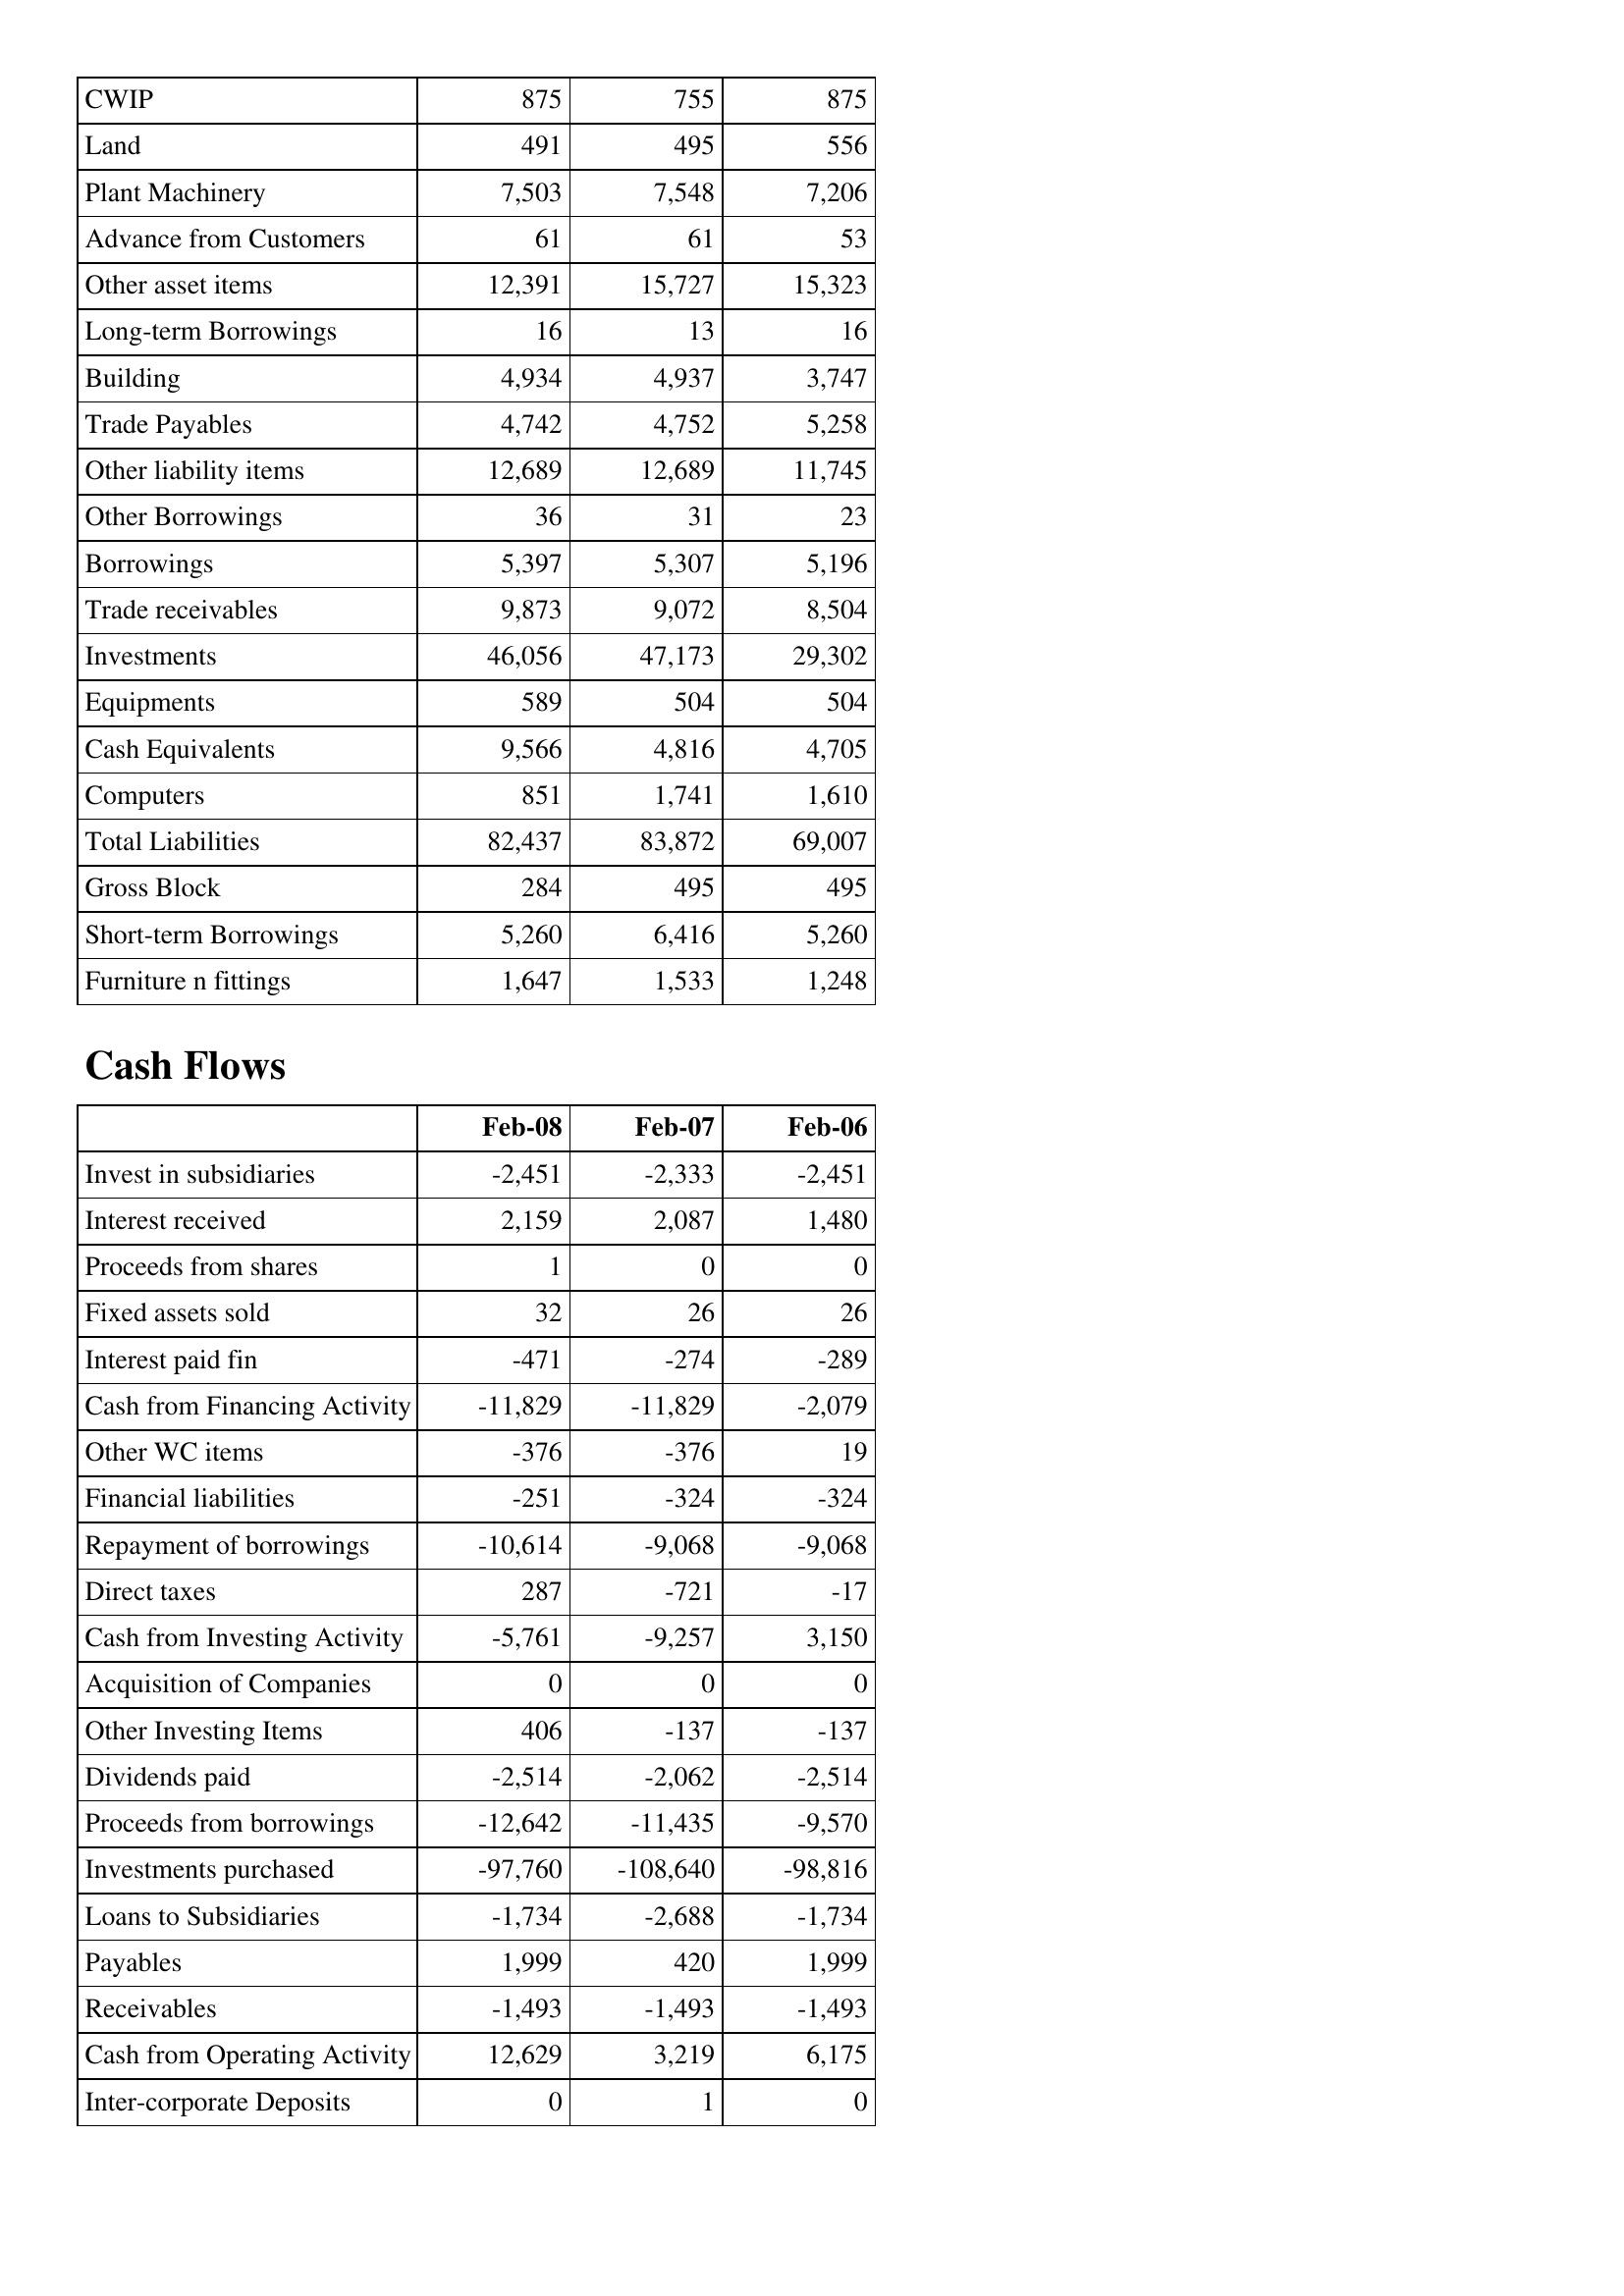
Feb-08: Balance Sheet: CWIP: 875
Land: 491
Plant Machinery: 7,503
Advance from Customers: 61
Other asset items: 12,391
Long-term Borrowings: 16
Building: 4,934
Trade Payables: 4,742
Other liability items: 12,689
Other Borrowings: 36
Borrowings: 5,397
Trade receivables: 9,873
Investments: 46,056
Equipments: 589
Cash Equivalents: 9,566
Computers: 851
Total Liabilities: 82,437
Gross Block: 284
Short-term Borrowings: 5,260
Furniture n fittings: 1,647
Cash Flows: Invest in subsidiaries: -2,451
Interest received: 2,159
Proceeds from shares: 1
Fixed assets sold: 32
Interest paid fin: -471
Cash from Financing Activity: -11,829
Other WC items: -376
Financial liabilities: -251
Repayment of borrowings: -10,614
Direct taxes: 287
Cash from Investing Activity: -5,761
Acquisition of Companies: 0
Other Investing Items: 406
Dividends paid: -2,514
Proceeds from borrowings: -12,642
Investments purchased: -97,760
Loans to Subsidiaries: -1,734
Payables: 1,999
Receivables: -1,493
Cash from Operating Activity: 12,629
Inter-corporate Deposits: 0
Feb-07: Balance Sheet: CWIP: 755
Land: 495
Plant Machinery: 7,548
Advance from Customers: 61
Other asset items: 15,727
Long-term Borrowings: 13
Building: 4,937
Trade Payables: 4,752
Other liability items: 12,689
Other Borrowings: 31
Borrowings: 5,307
Trade receivables: 9,072
Investments: 47,173
Equipments: 504
Cash Equivalents: 4,816
Computers: 1,741
Total Liabilities: 83,872
Gross Block: 495
Short-term Borrowings: 6,416
Furniture n fittings: 1,533
Cash Flows: Invest in subsidiaries: -2,333
Interest received: 2,087
Proceeds from shares: 0
Fixed assets sold: 26
Interest paid fin: -274
Cash from Financing Activity: -11,829
Other WC items: -376
Financial liabilities: -324
Repayment of borrowings: -9,068
Direct taxes: -721
Cash from Investing Activity: -9,257
Acquisition of Companies: 0
Other Investing Items: -137
Dividends paid: -2,062
Proceeds from borrowings: -11,435
Investments purchased: -108,640
Loans to Subsidiaries: -2,688
Payables: 420
Receivables: -1,493
Cash from Operating Activity: 3,219
Inter-corporate Deposits: 1
Feb-06: Balance Sheet: CWIP: 875
Land: 556
Plant Machinery: 7,206
Advance from Customers: 53
Other asset items: 15,323
Long-term Borrowings: 16
Building: 3,747
Trade Payables: 5,258
Other liability items: 11,745
Other Borrowings: 23
Borrowings: 5,196
Trade receivables: 8,504
Investments: 29,302
Equipments: 504
Cash Equivalents: 4,705
Computers: 1,610
Total Liabilities: 69,007
Gross Block: 495
Short-term Borrowings: 5,260
Furniture n fittings: 1,248
Cash Flows: Invest in subsidiaries: -2,451
Interest received: 1,480
Proceeds from shares: 0
Fixed assets sold: 26
Interest paid fin: -289
Cash from Financing Activity: -2,079
Other WC items: 19
Financial liabilities: -324
Repayment of borrowings: -9,068
Direct taxes: -17
Cash from Investing Activity: 3,150
Acquisition of Companies: 0
Other Investing Items: -137
Dividends paid: -2,514
Proceeds from borrowings: -9,570
Investments purchased: -98,816
Loans to Subsidiaries: -1,734
Payables: 1,999
Receivables: -1,493
Cash from Operating Activity: 6,175
Inter-corporate Deposits: 0